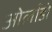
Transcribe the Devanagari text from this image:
ओर्लाडो